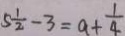
5 \frac { 1 } { 2 } - 3 = a + \frac { 1 } { 4 }